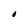
Character: O